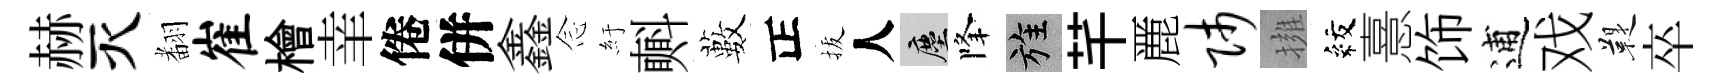
赫灭𮋒崔檜𦍒倦併鑫𫝹紆㪺藪正拔人塵降旌芊䴡师擁紋憙饰逋戏鞮卒